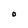
Character: O